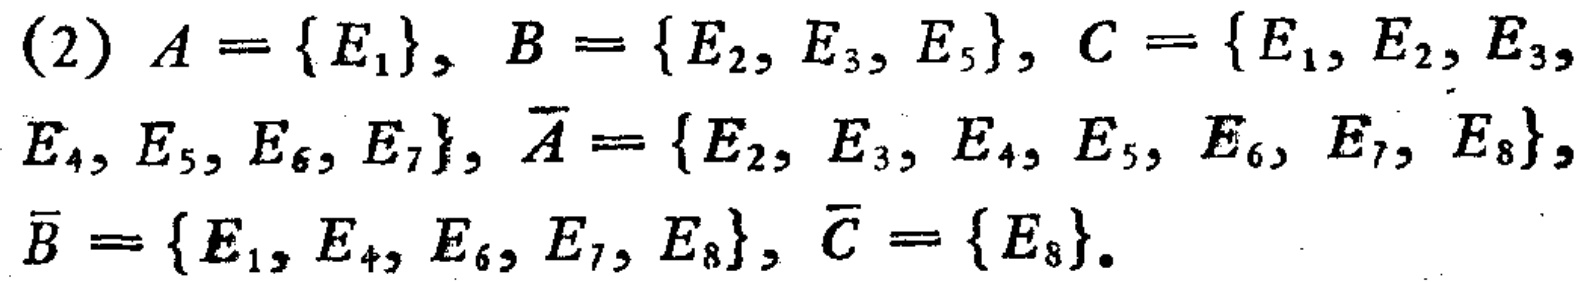
(2) \(A = \{E_1\}, B = \{E_2, E_3, E_5\}, C = \{E_1, E_2, E_3, E_4, E_5, E_6, E_7\}, \overline{A} = \{E_2, E_3, E_4, E_5, E_6, E_7, E_8\}, \overline{B} = \{E_1, E_4, E_6, E_7, E_8\}, \overline{C} = \{E_8\}\).